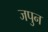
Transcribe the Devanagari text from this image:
जपुन